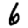
Digit: 6